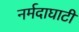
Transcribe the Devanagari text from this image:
नर्मदाघाटी